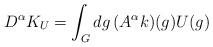
LaTeX: \begin{align*}D^\alpha K_U=\int_G dg\,(A^\alpha k)(g)U(g)\end{align*}